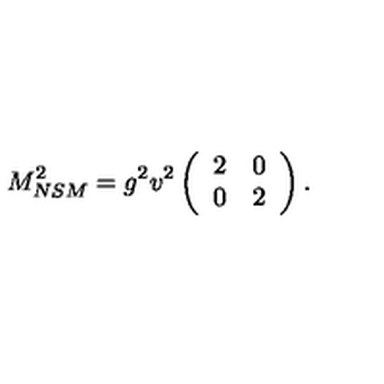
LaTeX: M _ { N S M } ^ { 2 } = g ^ { 2 } v ^ { 2 } \left( \begin{array} { c c } { 2 } & { 0 } \\ { 0 } & { 2 } \\ \end{array} \right) . \,